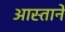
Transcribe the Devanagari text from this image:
आस्ताने